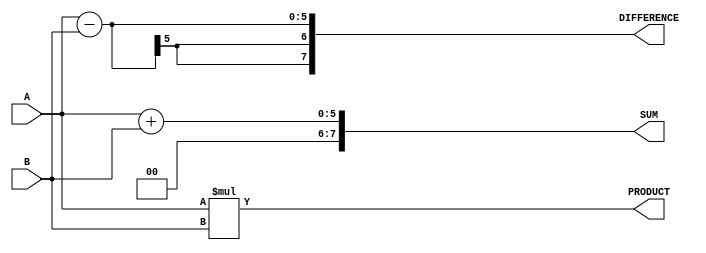
module ARITHMETIC(A, B, PRODUCT, SUM, DIFFERENCE);
	input [4:0] A, B;
	output [7:0] PRODUCT, SUM, DIFFERENCE;
	
	assign SUM = A + B;
	assign DIFFERENCE = A - B;
	assign PRODUCT = A * B;
endmodule